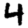
Digit: 4